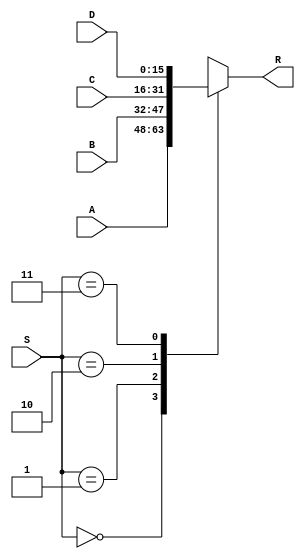
`timescale 1ns / 1ps

module mux_2_bit(
    input [15:0] A,
    input [15:0] B,
	 input [15:0] C,
	 input [15:0] D,
    input [1:0] S,
    output reg [15:0] R
    );
	
	always @ *
	 
	 case (S)
		0: R = A;
		1: R = B;
		2: R = C;
		3: R = D;
	 endcase
	 
endmodule